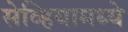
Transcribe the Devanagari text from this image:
सेव्हियामध्ये